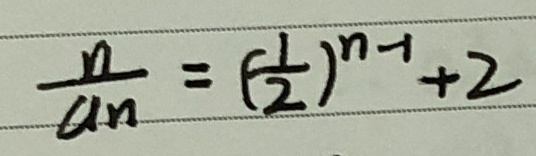
\frac { n } { a _ { n } } = ( \frac { 1 } { 2 } ) ^ { n - 1 } + 2